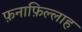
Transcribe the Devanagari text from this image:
फ़नाफ़िल्लाह